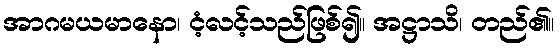
အာဂမယမာနော၊ ငံ့လင့်သည်ဖြစ်၍။ အဋ္ဌာသိ၊ တည်၏။